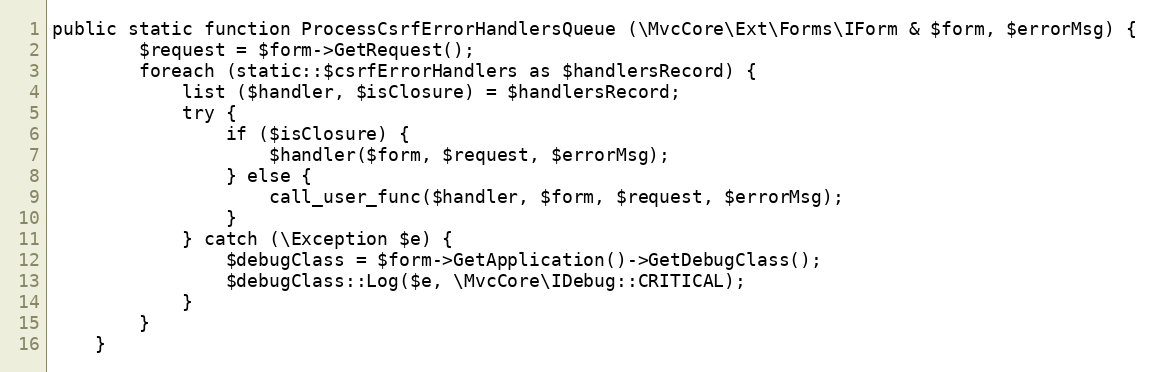
Language: PHP
public static function ProcessCsrfErrorHandlersQueue (\MvcCore\Ext\Forms\IForm & $form, $errorMsg) {
		$request = $form->GetRequest();
		foreach (static::$csrfErrorHandlers as $handlersRecord) {
			list ($handler, $isClosure) = $handlersRecord;
			try {
				if ($isClosure) {
					$handler($form, $request, $errorMsg);
				} else {
					call_user_func($handler, $form, $request, $errorMsg);
				}
			} catch (\Exception $e) {
				$debugClass = $form->GetApplication()->GetDebugClass();
				$debugClass::Log($e, \MvcCore\IDebug::CRITICAL);
			}
		}
	}